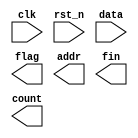
module LPD(clk, rst_n, data, flag, addr, fin, count);
    input clk;
    input rst_n;
    input [9:0]data;
    output flag;
    output [9:0]addr;
    output fin;
    output [3:0]count;
    //your code
endmodule